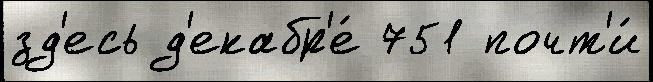
зд'есь д'екабр'е́ 751 почт'и́